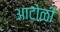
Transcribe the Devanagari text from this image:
आटोळी